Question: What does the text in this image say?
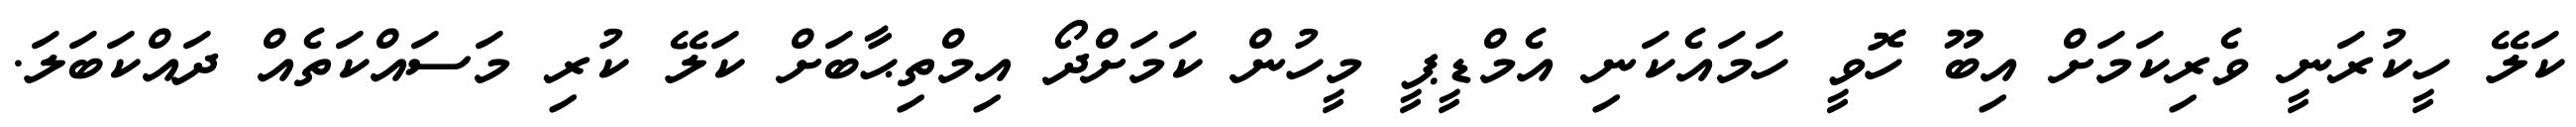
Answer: ކަލޭ ހީކުރަނީ ވެރިކަމަށް އިބޫ ހޮވީ ހަމައެކަނި އެމްޑީޕީ މީހުން ކަމަށްދޯ އިމްތިޙާބަށް ކަލޭ ކުރި މަސައްކަތެއް ދައްކަބަލަ.